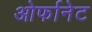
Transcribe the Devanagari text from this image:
ओर्फानेट